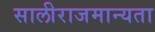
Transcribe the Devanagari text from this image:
सालीराजमान्यता